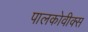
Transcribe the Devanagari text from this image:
पालकोवीक्स